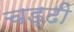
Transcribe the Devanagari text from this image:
चड्ढी